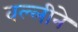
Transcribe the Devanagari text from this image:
वल्लीने